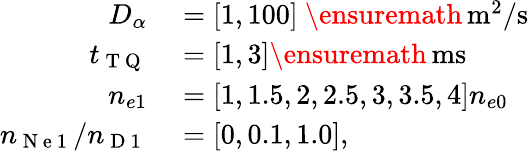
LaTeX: \begin{array}{rl}{D_{\alpha}}&{{}=[1,100]~\ensuremath{\, \mathrm{m^{2}/s}}}\\ {t_{\mathrm{~T~Q~}}}&{{}=[1,3]\ensuremath{\, \mathrm{ms}}}\\ {n_{e1}}&{{}=[1,1.5,2,2.5,3,3.5,4]n_{e0}}\\ {n_{\mathrm{~N~e~1~}}/n_{\mathrm{~D~1~}}}&{{}=[0,0.1,1.0],}\end{array}